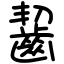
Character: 齧